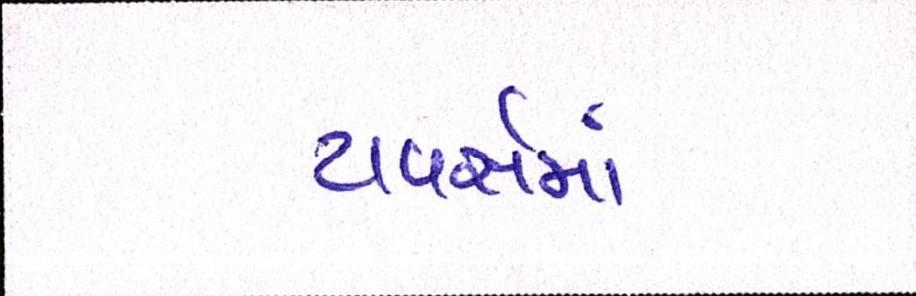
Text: ટાવર્સમાં